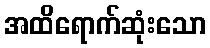
အထိရောက်ဆုံးသော